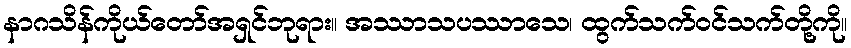
နာဂသိန်ကိုယ်တော်အရှင်ဘုရား။ အဿာသပဿာသေ၊ ထွက်သက်ဝင်သက်တို့ကို။